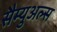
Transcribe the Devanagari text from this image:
सैम्युअल्स